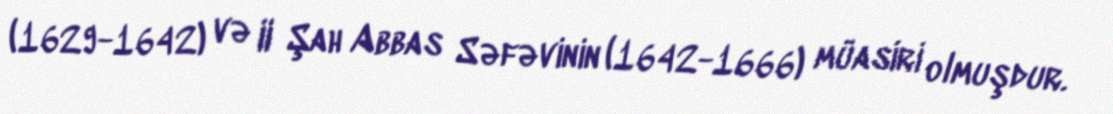
(1629-1642) və II Şah Abbas Səfəvinin (1642-1666) müasiri olmuşdur.